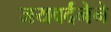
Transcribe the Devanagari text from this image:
जयवर्दनेने